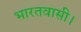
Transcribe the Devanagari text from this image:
भारतवासी।